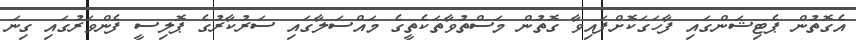
އެގޮތުން ޕެޓިޝަންގައި ފާހަގަކޮށްފައިވާ ގޮތުން މަސްތުވާތަކެތީގެ މައްސަލާގައި ސަރުކާރުގެ ޕޮލިސީ ފެންވަރުގައި ގިނަ